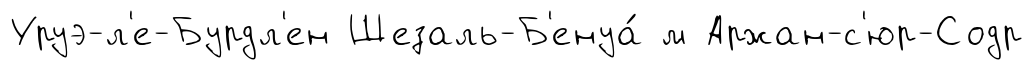
Уруэ-л'е-Бурдл'ен Шезаль-Б'енуа́ м Аржан-с'юр-Содр